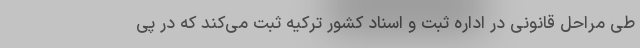
طی مراحل قانونی در اداره ثبت و اسناد کشور ترکیه ثبت می‌کند که در پی